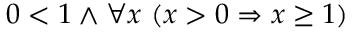
0 < 1 \land \forall x \ ( x > 0 \Rightarrow x \geq 1 )